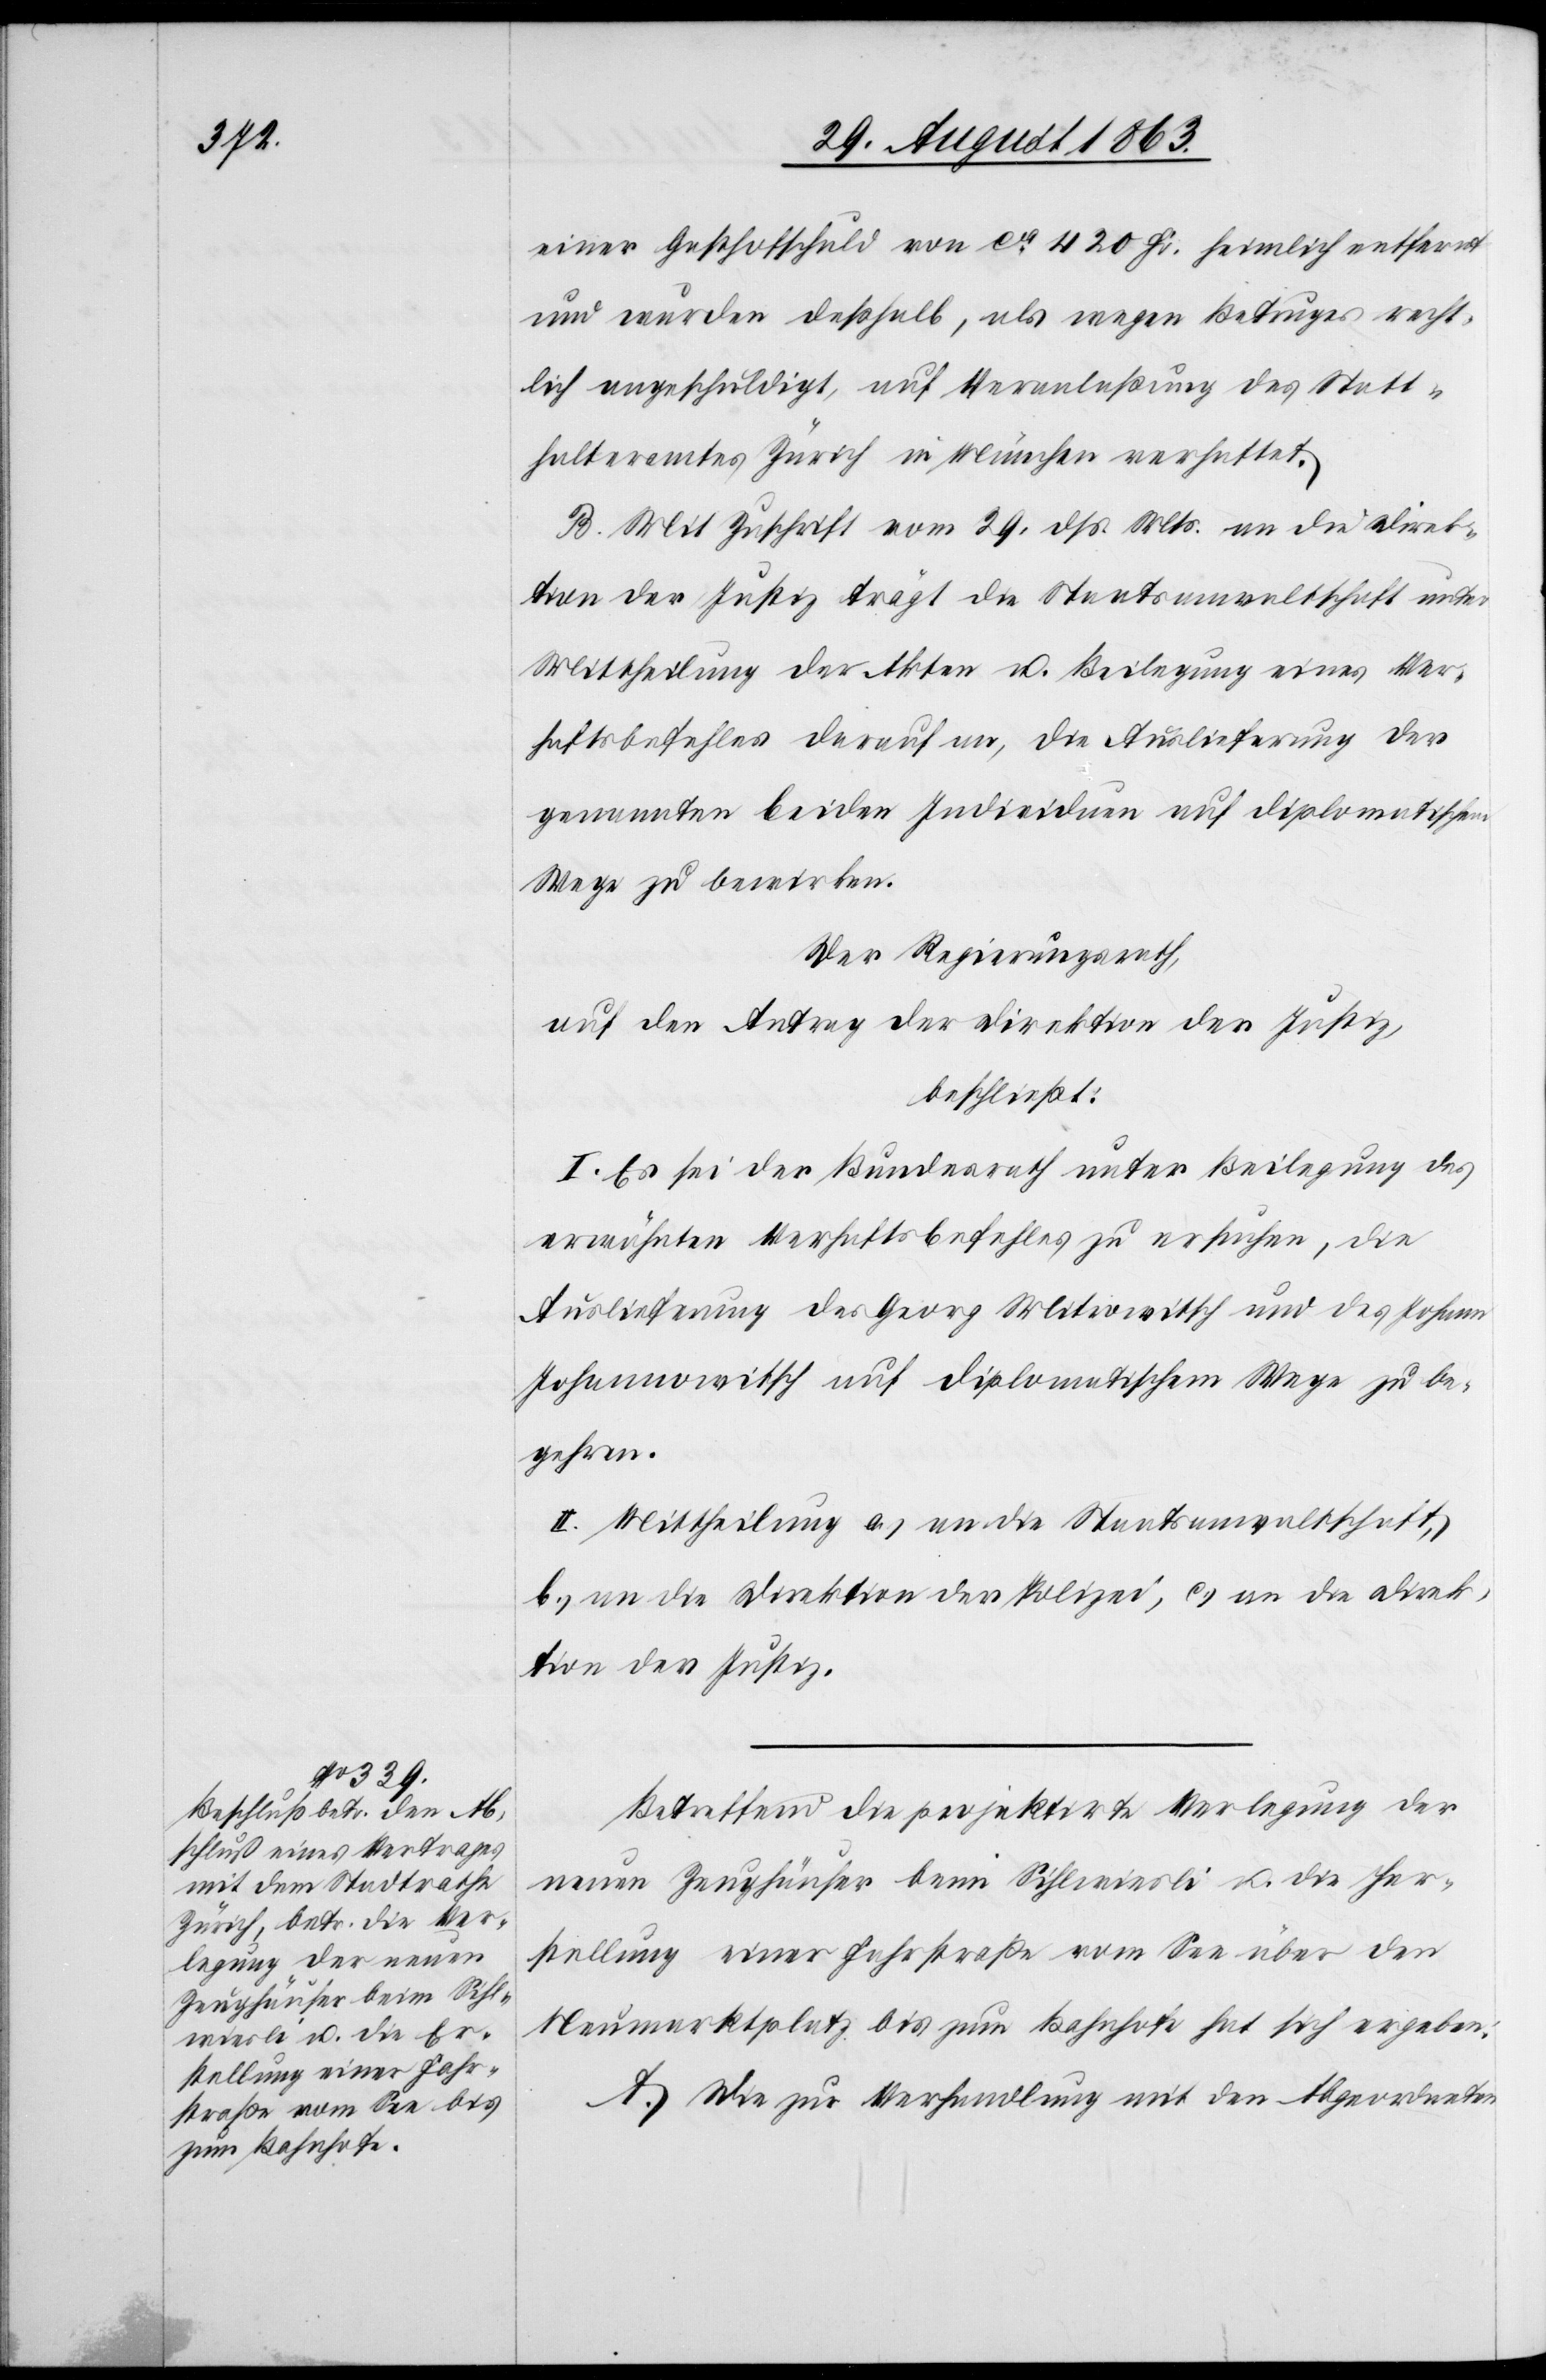
einer Gasthofschuld von ca 420 Fr. heimlich entfernt
und wurden deßhalb, als wegen Betruges recht¬
lich angeschuldigt, auf Veranlaßung des Statt¬
halteramtes Zürich in München verhaftet.
B. Mit Zuschrift vom 29. dß. Mts. an die Direk¬
tion der Justiz trägt die Staatsanwaltschaft unter
Mittheilung der Akten u. Beilegung eines Ver¬
haftsbefehles darauf an, die Auslieferung der
genannten beiden Individuen auf diplomatischem
Wege zu bewirken.
Der Regierungsrath,
auf den Antrag der Direktion der Justiz,
beschließt:
I. Es sei der Bundesrath unter Beilegung des
erwähnten Verhaftsbefehles zu ersuchen, die
Auslieferung des Georg Mitrowitsch und des Johann
Johannowitsch auf diplomatischem Wege zu be¬
gehren.
II. Mittheilung a.) an die Staatsanwaltschaft,
b.) an die Direktion der Polizei, c.) an die Direk¬
tion der Justiz.
Betreffend die projektirte Verlegung der
neuen Zeughäuser beim Sihlwiesli u. die Her¬
stellung einer Fahrstraße vom See über den
Neumarktplatz bis zum Bahnhofe hat sich ergeben:
A. Die zur Verhandlung mit den Abgeordneten